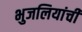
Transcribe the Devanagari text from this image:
भुजलियांची